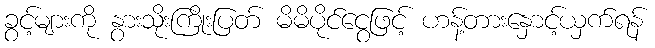
ခွင့်များကို နွားသိုးကြိုးပြတ် မိမိပိုင်ငွေဖြင့် ဟန့်တားနှောင့်ယှက်ရန်